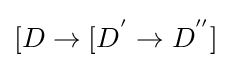
[D\rightarrow [D^{'}\rightarrow D^{''}]